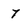
Character: 7